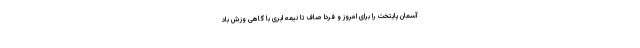
آسمان پایتخت را برای امروز و فردا صاف تا نیمه ابری با گاهی وزش باد